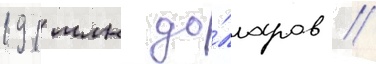
191 млн до́лларов //